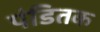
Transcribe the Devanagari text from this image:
पंडितक